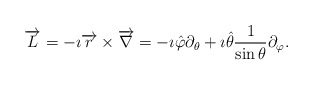
\begin{align*} \overrightarrow{L}=-\imath \overrightarrow{r}\times \overrightarrow{\nabla} =- \imath \hat{\varphi}\partial_\theta + \imath\hat{\theta}\frac{1}{\sin{\theta}}\partial_\varphi.\end{align*}